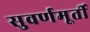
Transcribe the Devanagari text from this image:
सुवर्णमूर्ती